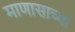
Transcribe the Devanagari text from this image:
माणासाच्या